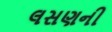
લસણની